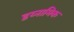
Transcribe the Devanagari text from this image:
डय्नामिक